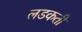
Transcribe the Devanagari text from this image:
लडकती